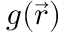
g ( \vec { r } )